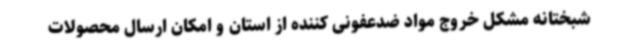
شبختانه مشکل خروج مواد ضدعفونی کننده از استان و امکان ارسال محصولات